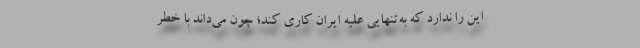
این را ندارد که به‌تنهایی علیه ایران کاری کند؛ چون می‌داند با خطر